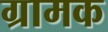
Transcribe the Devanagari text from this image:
ग्रामक